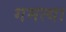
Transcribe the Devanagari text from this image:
गमत्या